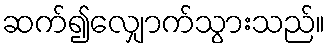
ဆက်၍လျှောက်သွားသည်။